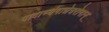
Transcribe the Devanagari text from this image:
पादाभ्यंगान्नेत्ररोगान्